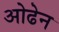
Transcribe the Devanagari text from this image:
ओढेन